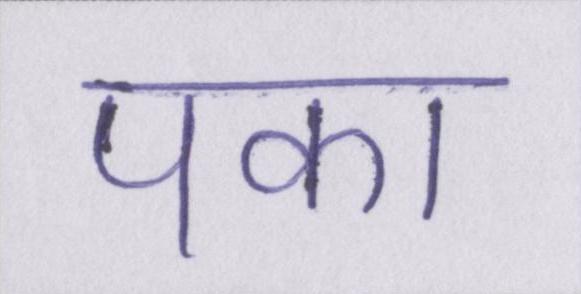
पका